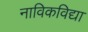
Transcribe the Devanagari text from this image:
नाविकविद्या